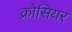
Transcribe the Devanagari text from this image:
क्रोसियर